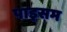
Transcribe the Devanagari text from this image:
पाइसम